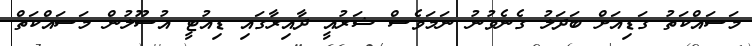
މަސައްކަތު ގަޑިއަށް ބަދަލު ގެނެވުނު ނަމަވެސް ޝަރުއީ ދާއިރާގައި ޑިއުޓީ އުސޫލުން މަސައްކަތް